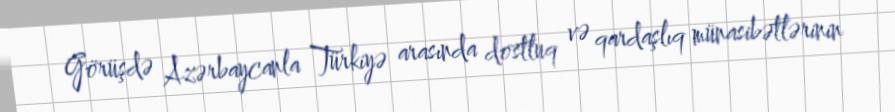
Görüşdə Azərbaycanla Türkiyə arasında dostluq və qardaşlıq münasibətlərinin